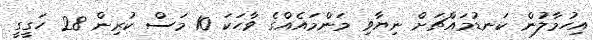
އިހުމާލުން ކަނޑުމައްޗަށް ނިޔާވި މަންމައެއްގެ ވާހަކަ 10 މަސް ކުރިން 28 ހަގީގީ